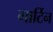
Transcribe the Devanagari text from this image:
गार्टिन